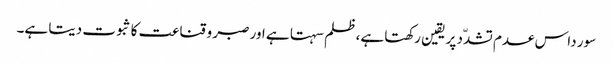
سور داس عدم تشدّد پر یقین رکھتا ہے، ظلم سہتا ہے اور صبر و قناعت کا ثبوت دیتا ہے۔